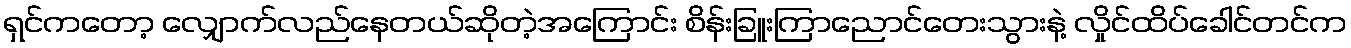
ရှင်ကတော့ လျှောက်လည်နေတယ်ဆိုတဲ့အကြောင်း စိန်းခြူးကြာညောင်တေးသွားနဲ့ လှိုင်ထိပ်ခေါင်တင်က